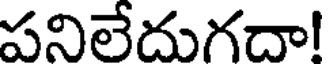
పనిలేదుగదా!